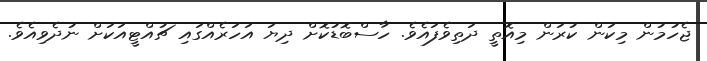
ޖެހުމުން މިކަން ކުރަން މިއޮތީ ދަތިވެފައެވެ. ހާސްބޮޑުކޮށް ދިޔަ އަހަރެއްގައި ޗުއްޓީއަކަށް ނުދެވިއެވެ.